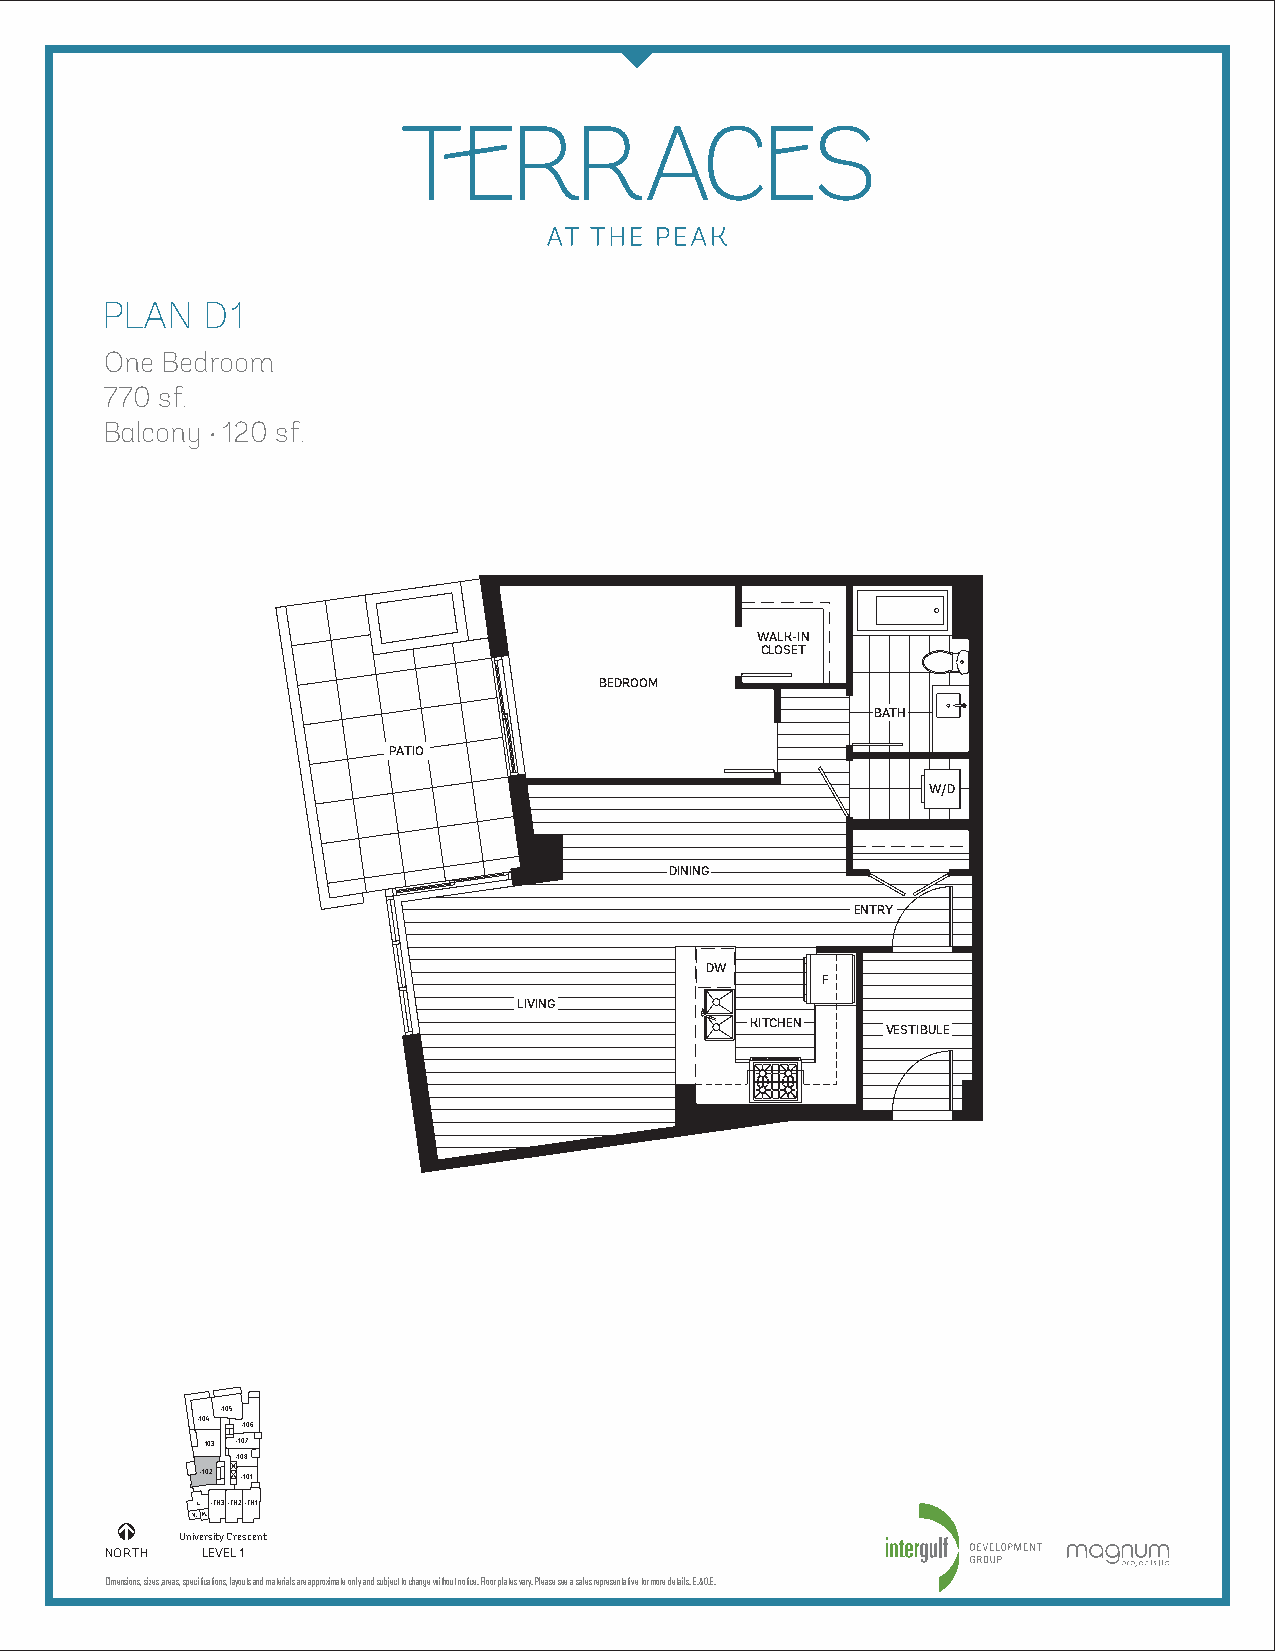
PLAN  D1
 One Bedroom
 770 sf.
 Balcony •120 sf.
 WALK-IN
 CLOSET
 BEDROOM
 BATH
 PATIO
 W/D
 DINING
 ENTRY
 DW
 F
 LIVING
 KITCHEN
 VESTIBULE
 –105
 –104
 –106
 -103 –107
 –108
 –102 –101
 L. –TH3–TH2–TH1
 V.M.
 University Crescent
 NORTH LEVEL 1
 Dimensions, sizes, areas, specifications, layouts and materials are approximate only and subject to change without notice. Floor plates vary. Please see a sales representative for more details. E.&O.E.